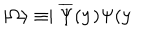
LaTeX: \mid \Omega \rangle \equiv \mid \overline { { { \Psi } } } ( \mathbf { y } ) \Psi ( \mathbf { y }